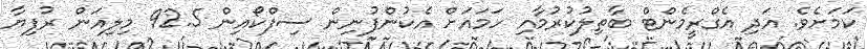
ކަމަށެވެ. އަދި އެގްރީމެންޓް ބާތިލުކުރުމާއި ހަމައަށް އެކުންފުނިން ސިފްކޯއިން 92.5 މިލިއަން ރުފިޔާ